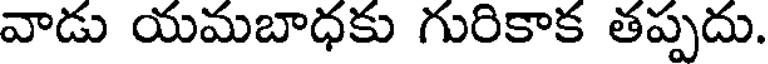
వాడు యమబాధకు గురికాక తప్పదు.